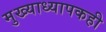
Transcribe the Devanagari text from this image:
मुख्याध्यापकही